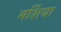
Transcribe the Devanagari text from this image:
मर्शिया